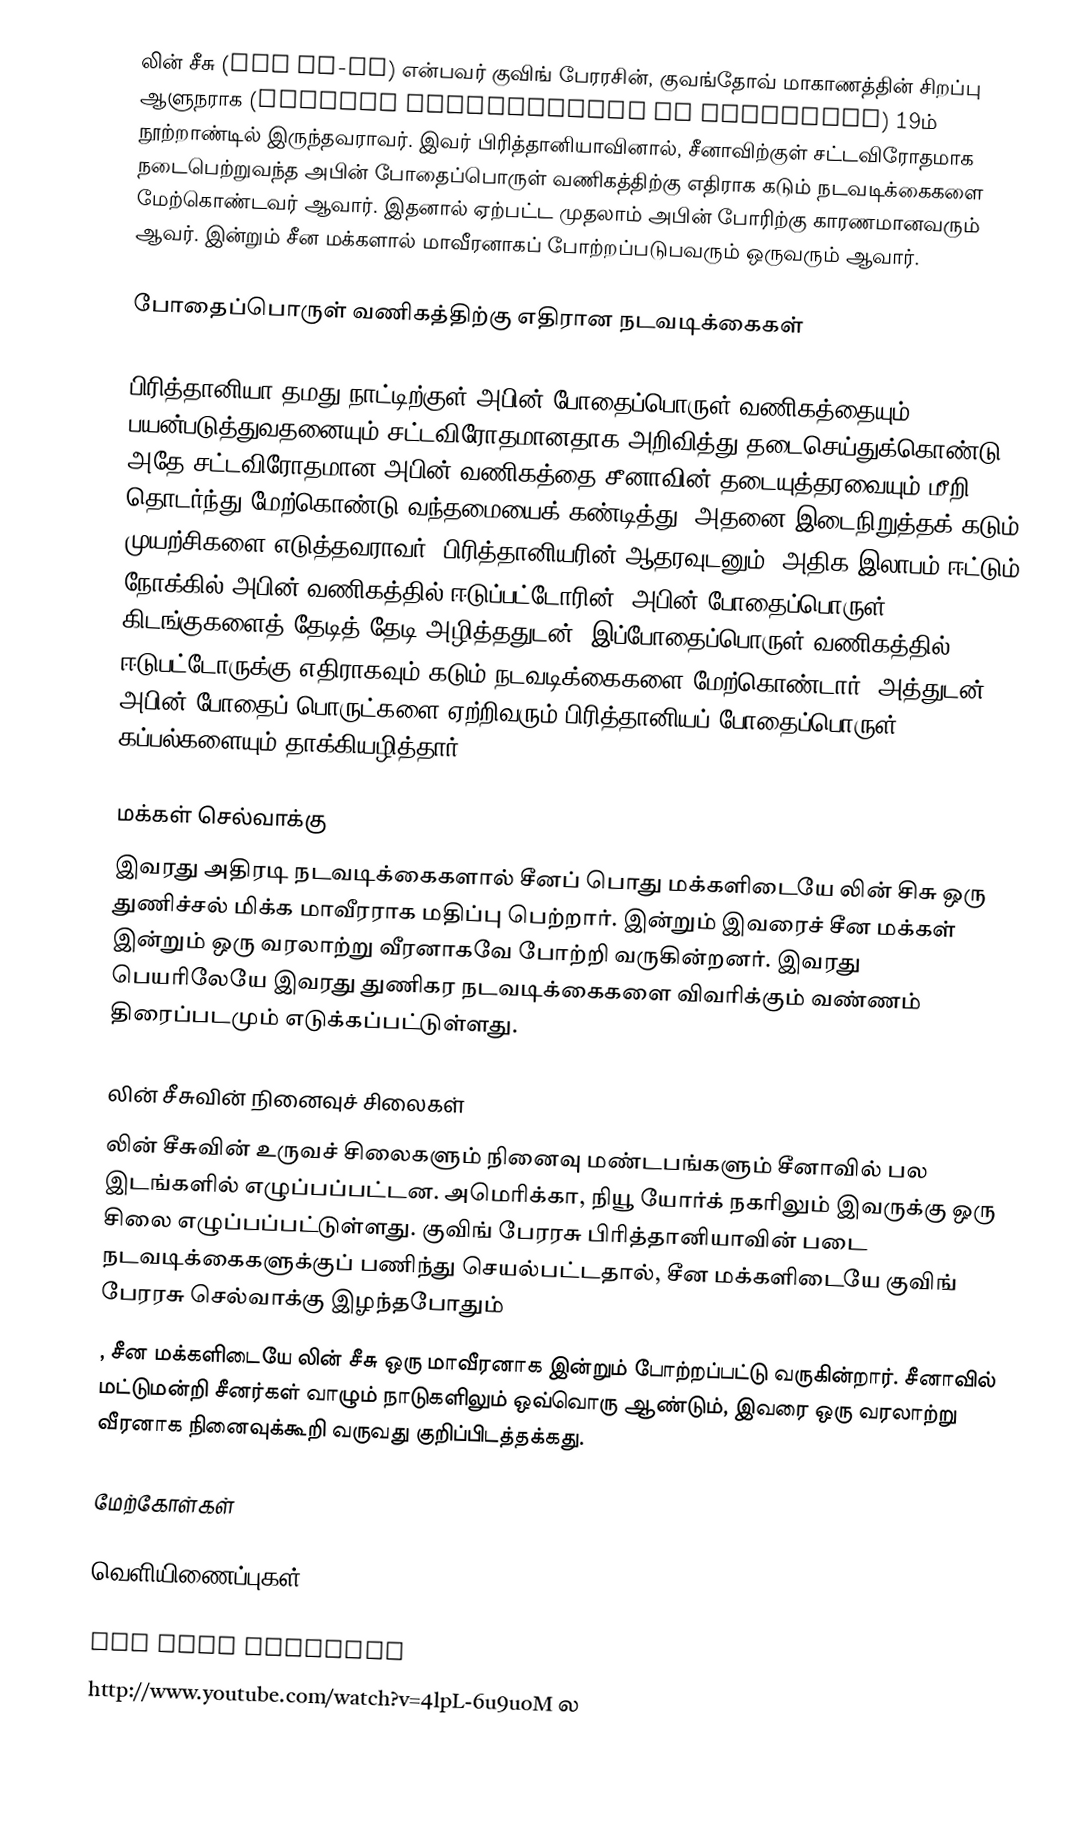
லின் சீசு (Lin Ze-xu) என்பவர் குவிங் பேரரசின், குவங்தோவ் மாகாணத்தின் சிறப்பு ஆளுநராக (Special Commissioner of Guangzhou) 19ம்  நூற்றாண்டில் இருந்தவராவர். இவர் பிரித்தானியாவினால், சீனாவிற்குள் சட்டவிரோதமாக நடைபெற்றுவந்த அபின் போதைப்பொருள் வணிகத்திற்கு எதிராக கடும் நடவடிக்கைகளை மேற்கொண்டவர் ஆவார். இதனால் ஏற்பட்ட முதலாம் அபின் போரிற்கு காரணமானவரும் ஆவர். இன்றும் சீன மக்களால் மாவீரனாகப் போற்றப்படுபவரும் ஒருவரும் ஆவார்.

போதைப்பொருள் வணிகத்திற்கு எதிரான நடவடிக்கைகள்

பிரித்தானியா தமது நாட்டிற்குள் அபின் போதைப்பொருள் வணிகத்தையும் பயன்படுத்துவதனையும் சட்டவிரோதமானதாக அறிவித்து தடைசெய்துக்கொண்டு, அதே சட்டவிரோதமான அபின் வணிகத்தை சீனாவின் தடையுத்தரவையும் மீறி தொடர்ந்து மேற்கொண்டு வந்தமையைக் கண்டித்து, அதனை இடைநிறுத்தக் கடும் முயற்சிகளை எடுத்தவராவர். பிரித்தானியரின் ஆதரவுடனும், அதிக இலாபம் ஈட்டும் நோக்கில் அபின் வணிகத்தில் ஈடுப்பட்டோரின், அபின் போதைப்பொருள் கிடங்குகளைத் தேடித் தேடி அழித்ததுடன், இப்போதைப்பொருள் வணிகத்தில் ஈடுபட்டோருக்கு எதிராகவும் கடும் நடவடிக்கைகளை மேற்கொண்டார். அத்துடன் அபின் போதைப் பொருட்களை ஏற்றிவரும் பிரித்தானியப் போதைப்பொருள் கப்பல்களையும் தாக்கியழித்தார்.

மக்கள் செல்வாக்கு
இவரது அதிரடி நடவடிக்கைகளால் சீனப் பொது மக்களிடையே லின் சிசு ஒரு துணிச்சல் மிக்க மாவீரராக மதிப்பு பெற்றார். இன்றும் இவரைச் சீன மக்கள் இன்றும் ஒரு வரலாற்று வீரனாகவே போற்றி வருகின்றனர். இவரது பெயரிலேயே இவரது துணிகர நடவடிக்கைகளை விவரிக்கும் வண்ணம் திரைப்படமும் எடுக்கப்பட்டுள்ளது.

லின் சீசுவின் நினைவுச் சிலைகள்
லின் சீசுவின் உருவச் சிலைகளும் நினைவு மண்டபங்களும் சீனாவில் பல இடங்களில் எழுப்பப்பட்டன. அமெரிக்கா, நியூ யோர்க் நகரிலும் இவருக்கு ஒரு சிலை எழுப்பப்பட்டுள்ளது. குவிங் பேரரசு பிரித்தானியாவின் படை நடவடிக்கைகளுக்குப் பணிந்து செயல்பட்டதால், சீன மக்களிடையே குவிங் பேரரசு செல்வாக்கு இழந்தபோதும்
, சீன மக்களிடையே லின் சீசு ஒரு மாவீரனாக இன்றும் போற்றப்பட்டு வருகின்றார். சீனாவில் மட்டுமன்றி சீனர்கள் வாழும் நாடுகளிலும் ஒவ்வொரு ஆண்டும், இவரை ஒரு வரலாற்று வீரனாக நினைவுக்கூறி வருவது குறிப்பிடத்தக்கது.

மேற்கோள்கள்

வெளியிணைப்புகள்

 Lin Zexu Memorial
 http://www.youtube.com/watch?v=4lpL-6u9uoM  ல